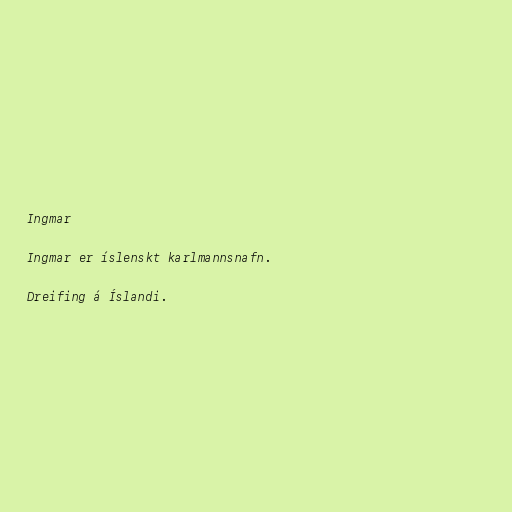
Ingmar

Ingmar er íslenskt karlmannsnafn.

Dreifing á Íslandi.